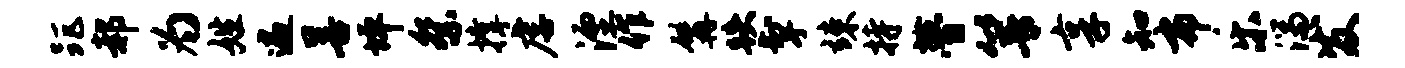
距郝为姓遍善坪祭撑虐湮作髯跌掣竦持瞢箐享知布乐湍发